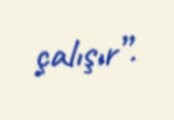
çalışır”.